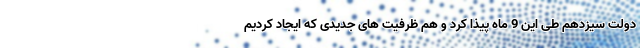
دولت سیزدهم طی این 9 ماه پیذا کرد و هم ظرفیت های جدیدی که ایجاد کردیم